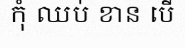
កុំ ឈប់ ខាន បើ